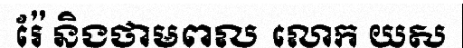
រ៉ែ និងថាមពល លោក យស